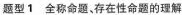
题型1全称命题，存在性命题的理解